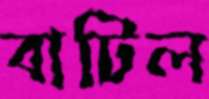
বাটিল